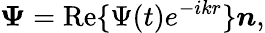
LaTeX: \mathbf{\Psi}=\textrm{Re}\{ \Psi(t)e^{-ikr}\} \boldsymbol{n},